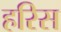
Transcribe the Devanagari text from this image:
हरिस